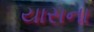
યાસના